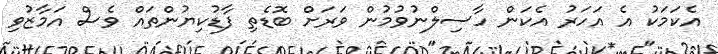
އެކަމަކު އެ އަހަރު އެކަން ހާސިލްނުވުމުން ވަރަށް ބޮޑެތި ފާޑުކިޔުންތައް ވެސް އަމާޒުވި